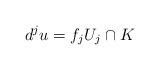
LaTeX: \begin{align*}d^j u = f_j U_j\cap K\end{align*}